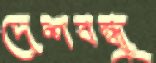
দেশবন্ধুু